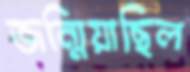
জন্মিয়াছিল